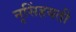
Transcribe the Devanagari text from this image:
नृसिंहयती